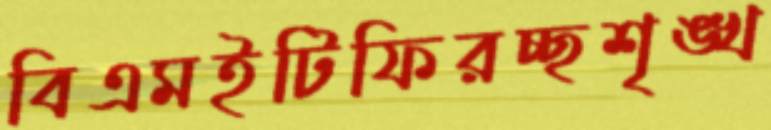
বিএমইটিফিরচ্ছশৃঙ্খ